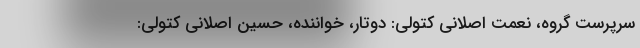
سرپرست گروه، نعمت اصلانی کتولی: دوتار، خواننده، حسین اصلانی کتولی: